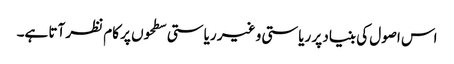
اس اصول کی بنیاد پر ریاستی و غیر ریاستی سطحوں پر کام نظر آتا ہے۔